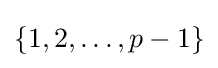
\{1,2,\ldots ,p-1\}